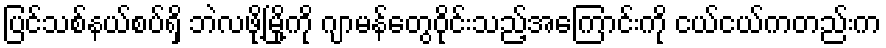
ပြင်သစ်နယ်စပ်ရှိ ဘဲလဖို့မြို့ကို ဂျာမန်တွေဝိုင်းသည့်အကြောင်းကို ငယ်ငယ်ကတည်းက